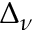
\Delta _ { \nu }